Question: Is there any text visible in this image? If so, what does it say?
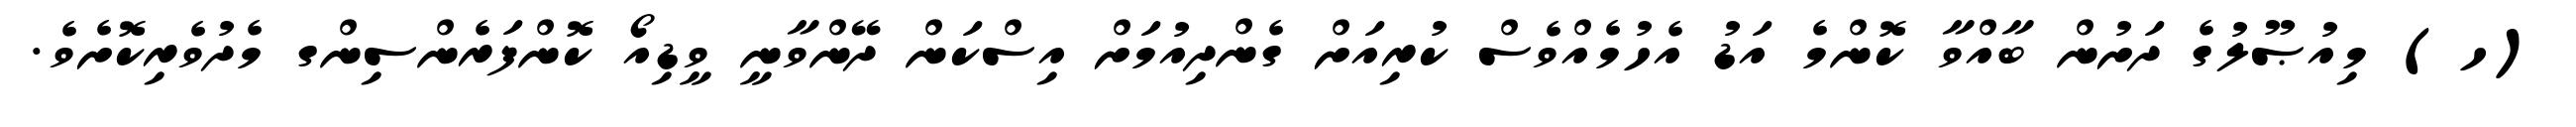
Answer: (ހ) މިއުޞޫލުގެ ދަށުން ބާއްވާ ކޮންމެ އަޑު އެހުމެއްވެސް ކުރިއަށް ގެންދިއުމަށް އިސްކަން ދޭންވާނީ ވީޑިއޯ ކޮންފަރެންސިންގ މެދުވެރިކޮށެވެ.